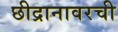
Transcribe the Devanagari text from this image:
छीद्रानावरची